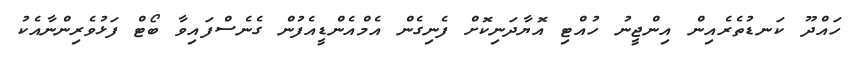
ހައްދޫ ކަނޑުތެރެއިން އިންޖީނު ހުއްޓި އޮޔާދަނިކޮށް ފެނިގެން އެމްއެންޑީއެފުން ގެނެސްފައިވާ ބޯޓް ފަޅުވެރިންނާއެކު